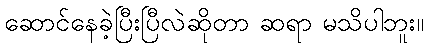
ဆောင်နေခဲ့ပြီးပြီလဲဆိုတာ ဆရာ မသိပါဘူး။